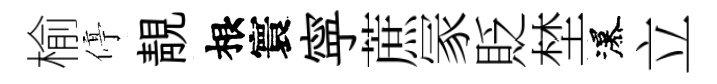
榆停靚根寰寜蔗冡貶埜瀑立